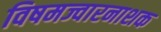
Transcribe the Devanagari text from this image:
विषमज्वारनाशक